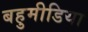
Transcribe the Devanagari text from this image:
बहुमीडिया